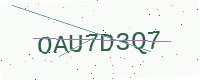
Text: OAU7D3Q7